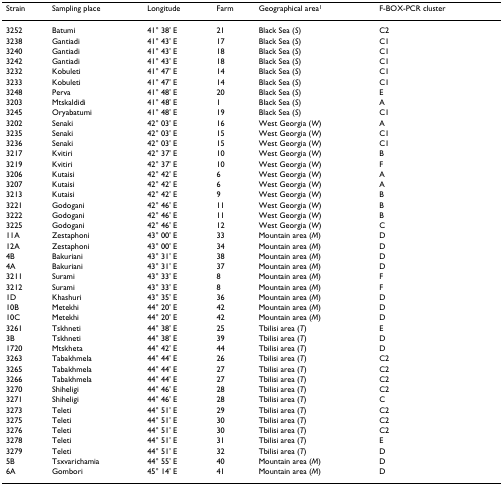
<table><thead><tr><td><b>Strain</b></td><td><b>Sampling place</b></td><td><b>Longitude</b></td><td><b>Farm</b></td><td><b>Geographical area<sup>1</sup></b></td><td><b>F-BOX-PCR cluster</b></td></tr></thead><tbody><tr><td>3252</td><td>Batumi</td><td>41° 38&#x27; E</td><td>21</td><td>Black Sea (<i>S</i>)</td><td>C2</td></tr><tr><td>3238</td><td>Gantiadi</td><td>41° 43&#x27; E</td><td>17</td><td>Black Sea (<i>S</i>)</td><td>C1</td></tr><tr><td>3240</td><td>Gantiadi</td><td>41° 43&#x27; E</td><td>18</td><td>Black Sea (<i>S</i>)</td><td>C1</td></tr><tr><td>3242</td><td>Gantiadi</td><td>41° 43&#x27; E</td><td>18</td><td>Black Sea (<i>S</i>)</td><td>C1</td></tr><tr><td>3232</td><td>Kobuleti</td><td>41° 47&#x27; E</td><td>14</td><td>Black Sea (<i>S</i>)</td><td>C1</td></tr><tr><td>3233</td><td>Kobuleti</td><td>41° 47&#x27; E</td><td>14</td><td>Black Sea (<i>S</i>)</td><td>C1</td></tr><tr><td>3248</td><td>Perva</td><td>41° 48&#x27; E</td><td>20</td><td>Black Sea (<i>S</i>)</td><td>E</td></tr><tr><td>3203</td><td>Mtskaldidi</td><td>41° 48&#x27; E</td><td>1</td><td>Black Sea (<i>S</i>)</td><td>A</td></tr><tr><td>3245</td><td>Oryabatumi</td><td>41° 48&#x27; E</td><td>19</td><td>Black Sea (<i>S</i>)</td><td>C1</td></tr><tr><td>3202</td><td>Senaki</td><td>42° 03&#x27; E</td><td>16</td><td>West Georgia (<i>W</i>)</td><td>A</td></tr><tr><td>3235</td><td>Senaki</td><td>42° 03&#x27; E</td><td>15</td><td>West Georgia (<i>W</i>)</td><td>C1</td></tr><tr><td>3236</td><td>Senaki</td><td>42° 03&#x27; E</td><td>15</td><td>West Georgia (<i>W</i>)</td><td>C1</td></tr><tr><td>3217</td><td>Kvitiri</td><td>42° 37&#x27; E</td><td>10</td><td>West Georgia (<i>W</i>)</td><td>B</td></tr><tr><td>3219</td><td>Kvitiri</td><td>42° 37&#x27; E</td><td>10</td><td>West Georgia (<i>W</i>)</td><td>F</td></tr><tr><td>3206</td><td>Kutaisi</td><td>42° 42&#x27; E</td><td>6</td><td>West Georgia (<i>W</i>)</td><td>A</td></tr><tr><td>3207</td><td>Kutaisi</td><td>42° 42&#x27; E</td><td>6</td><td>West Georgia (<i>W</i>)</td><td>A</td></tr><tr><td>3213</td><td>Kutaisi</td><td>42° 42&#x27; E</td><td>9</td><td>West Georgia (<i>W</i>)</td><td>B</td></tr><tr><td>3221</td><td>Godogani</td><td>42° 46&#x27; E</td><td>11</td><td>West Georgia (<i>W</i>)</td><td>B</td></tr><tr><td>3222</td><td>Godogani</td><td>42° 46&#x27; E</td><td>11</td><td>West Georgia (<i>W</i>)</td><td>B</td></tr><tr><td>3225</td><td>Godogani</td><td>42° 46&#x27; E</td><td>12</td><td>West Georgia (<i>W</i>)</td><td>C</td></tr><tr><td>11A</td><td>Zestaphoni</td><td>43° 00&#x27; E</td><td>33</td><td>Mountain area (<i>M</i>)</td><td>D</td></tr><tr><td>12A</td><td>Zestaphoni</td><td>43° 00&#x27; E</td><td>34</td><td>Mountain area (<i>M</i>)</td><td>D</td></tr><tr><td>4B</td><td>Bakuriani</td><td>43° 31&#x27; E</td><td>38</td><td>Mountain area (<i>M</i>)</td><td>D</td></tr><tr><td>4A</td><td>Bakuriani</td><td>43° 31&#x27; E</td><td>37</td><td>Mountain area (<i>M</i>)</td><td>D</td></tr><tr><td>3211</td><td>Surami</td><td>43° 33&#x27; E</td><td>8</td><td>Mountain area (<i>M</i>)</td><td>F</td></tr><tr><td>3212</td><td>Surami</td><td>43° 33&#x27; E</td><td>8</td><td>Mountain area (<i>M</i>)</td><td>F</td></tr><tr><td>1D</td><td>Khashuri</td><td>43° 35&#x27; E</td><td>36</td><td>Mountain area (<i>M</i>)</td><td>D</td></tr><tr><td>10B</td><td>Metekhi</td><td>44° 20&#x27; E</td><td>42</td><td>Mountain area (<i>M</i>)</td><td>D</td></tr><tr><td>10C</td><td>Metekhi</td><td>44° 20&#x27; E</td><td>42</td><td>Mountain area (<i>M</i>)</td><td>D</td></tr><tr><td>3261</td><td>Tskhneti</td><td>44° 38&#x27; E</td><td>25</td><td>Tbilisi area (<i>T</i>)</td><td>E</td></tr><tr><td>3B</td><td>Tskhneti</td><td>44° 38&#x27; E</td><td>39</td><td>Tbilisi area (<i>T</i>)</td><td>D</td></tr><tr><td>1720</td><td>Mtskheta</td><td>44° 42&#x27; E</td><td>44</td><td>Tbilisi area (<i>T</i>)</td><td>D</td></tr><tr><td>3263</td><td>Tabakhmela</td><td>44° 44&#x27; E</td><td>26</td><td>Tbilisi area (<i>T</i>)</td><td>C2</td></tr><tr><td>3265</td><td>Tabakhmela</td><td>44° 44&#x27; E</td><td>27</td><td>Tbilisi area (<i>T</i>)</td><td>C2</td></tr><tr><td>3266</td><td>Tabakhmela</td><td>44° 44&#x27; E</td><td>27</td><td>Tbilisi area (<i>T</i>)</td><td>C2</td></tr><tr><td>3270</td><td>Shiheligi</td><td>44° 46&#x27; E</td><td>28</td><td>Tbilisi area (<i>T</i>)</td><td>C2</td></tr><tr><td>3271</td><td>Shiheligi</td><td>44° 46&#x27; E</td><td>28</td><td>Tbilisi area (<i>T</i>)</td><td>C</td></tr><tr><td>3273</td><td>Teleti</td><td>44° 51&#x27; E</td><td>29</td><td>Tbilisi area (<i>T</i>)</td><td>C2</td></tr><tr><td>3275</td><td>Teleti</td><td>44° 51&#x27; E</td><td>30</td><td>Tbilisi area (<i>T</i>)</td><td>C2</td></tr><tr><td>3276</td><td>Teleti</td><td>44° 51&#x27; E</td><td>30</td><td>Tbilisi area (<i>T</i>)</td><td>C2</td></tr><tr><td>3278</td><td>Teleti</td><td>44° 51&#x27; E</td><td>31</td><td>Tbilisi area (<i>T</i>)</td><td>E</td></tr><tr><td>3279</td><td>Teleti</td><td>44° 51&#x27; E</td><td>32</td><td>Tbilisi area (<i>T</i>)</td><td>D</td></tr><tr><td>5B</td><td>Tsxvarichamia</td><td>44° 55&#x27; E</td><td>40</td><td>Mountain area (<i>M</i>)</td><td>D</td></tr><tr><td>6A</td><td>Gombori</td><td>45° 14&#x27; E</td><td>41</td><td>Mountain area (<i>M</i>)</td><td>D</td></tr></tbody></table>